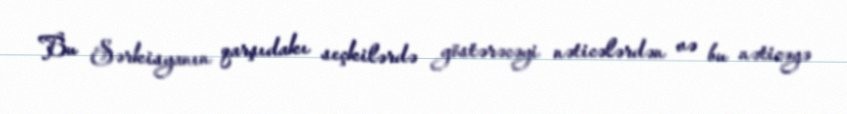
Bu Sərkisyanın qarşıdakı seçkilərdə göstərəcəyi nəticələrdən və bu nəticəyə